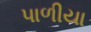
પાળીયા